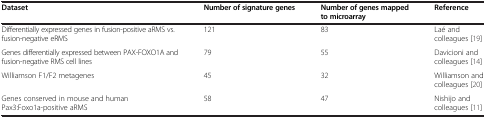
<table><thead><tr><td><b>Dataset</b></td><td><b>Number of signature genes</b></td><td><b>Number of genes mapped to microarray</b></td><td><b>Reference</b></td></tr></thead><tbody><tr><td>Differentially expressed genes in fusion-positive aRMS vs. fusion-negative eRMS</td><td>121</td><td>83</td><td>Laé and colleagues [19]</td></tr><tr><td>Genes differentially expressed between PAX-FOXO1A and fusion-negative RMS cell lines</td><td>79</td><td>55</td><td>Davicioni and colleagues [14]</td></tr><tr><td>Williamson F1/F2 metagenes</td><td>45</td><td>32</td><td>Williamson and colleagues [20]</td></tr><tr><td>Genes conserved in mouse and human Pax3:Foxo1a-positive aRMS</td><td>58</td><td>47</td><td>Nishijo and colleagues [11]</td></tr></tbody></table>